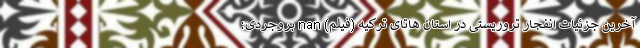
آخرین جزئیات انفجار تروریستی در استان هاتای ترکیه (فیلم) nan بروجردی: